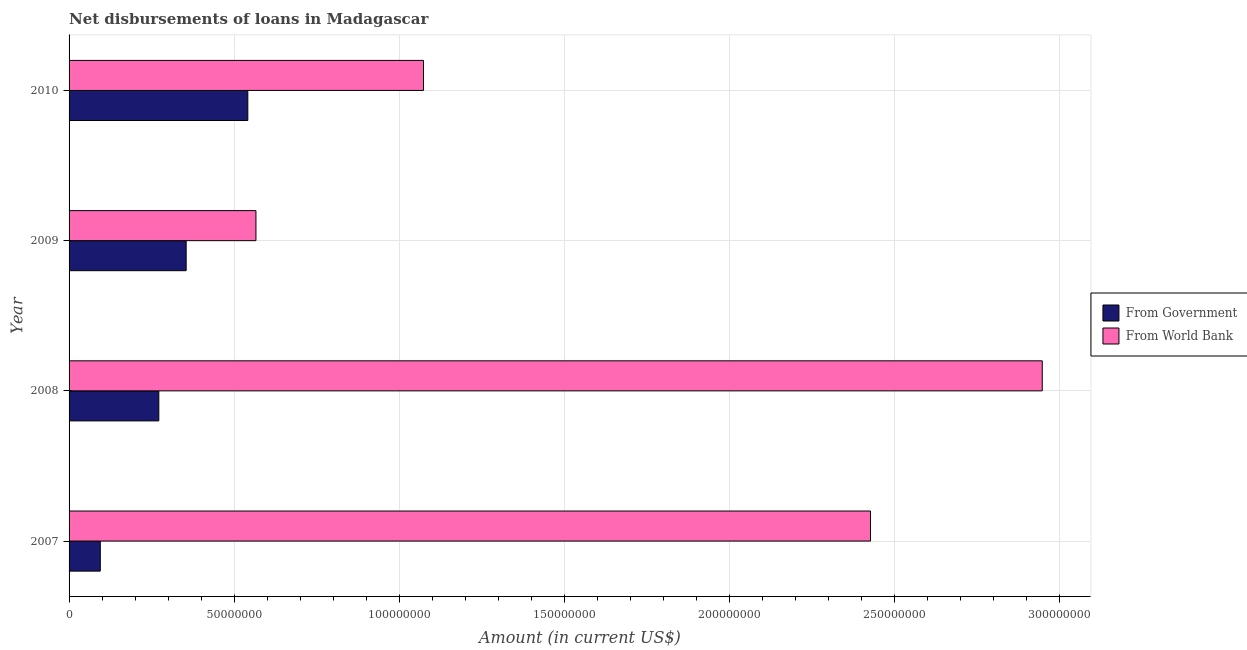
| Year | From Government | From World Bank |
 | --- | --- | --- |
 | 2007 | 9.46e+06 | 2.43e+08 |
 | 2008 | 2.72e+07 | 2.95e+08 |
 | 2009 | 3.55e+07 | 5.66e+07 |
 | 2010 | 5.42e+07 | 1.07e+08 |